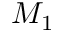
M _ { 1 }